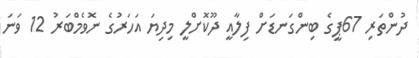
ދުންތަރި 67ޕީގެ ބިންގަނޑަށް ފިލާއީ ދޫކޮށްލީ މިދިޔަ އަހަރުގެ ނޮވެމްބަރު 12 ވަނަ